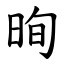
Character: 㫬